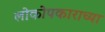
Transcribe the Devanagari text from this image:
लोकोपकाराच्या